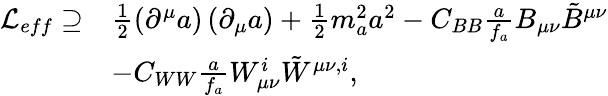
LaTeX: \begin{array}{rl}{\mathcal{L}_{eff}\supseteq}&{\frac{1}{2}\left(\partial^{\mu}a\right)\left(\partial_{\mu}a\right)+\frac{1}{2}m_{a}^{2}a^{2}-C_{BB}\frac{a}{f_{a}}B_{\mu\nu}\tilde{B}^{\mu\nu}}\\ &{-C_{WW}\frac{a}{f_{a}}W_{\mu\nu}^{i}\tilde{W}^{\mu\nu,i},}\end{array}